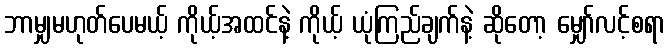
ဘာမျှမဟုတ်ပေမယ့် ကိုယ့်အထင်နဲ့ ကိုယ့် ယုံကြည်ချက်နဲ့ ဆိုတော့ မျှော်လင့်စရာ